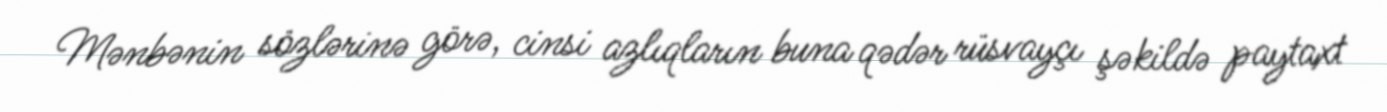
Mənbənin sözlərinə görə, cinsi azlıqların buna qədər rüsvayçı şəkildə paytaxt